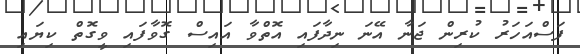
ފަސްއަހަރު ކުރިން ޖަނާ އޭނަ ނިދާފައި އޮތްވާ އައިސް ގޮވާފައި ވީގޮތް ކިޔައި